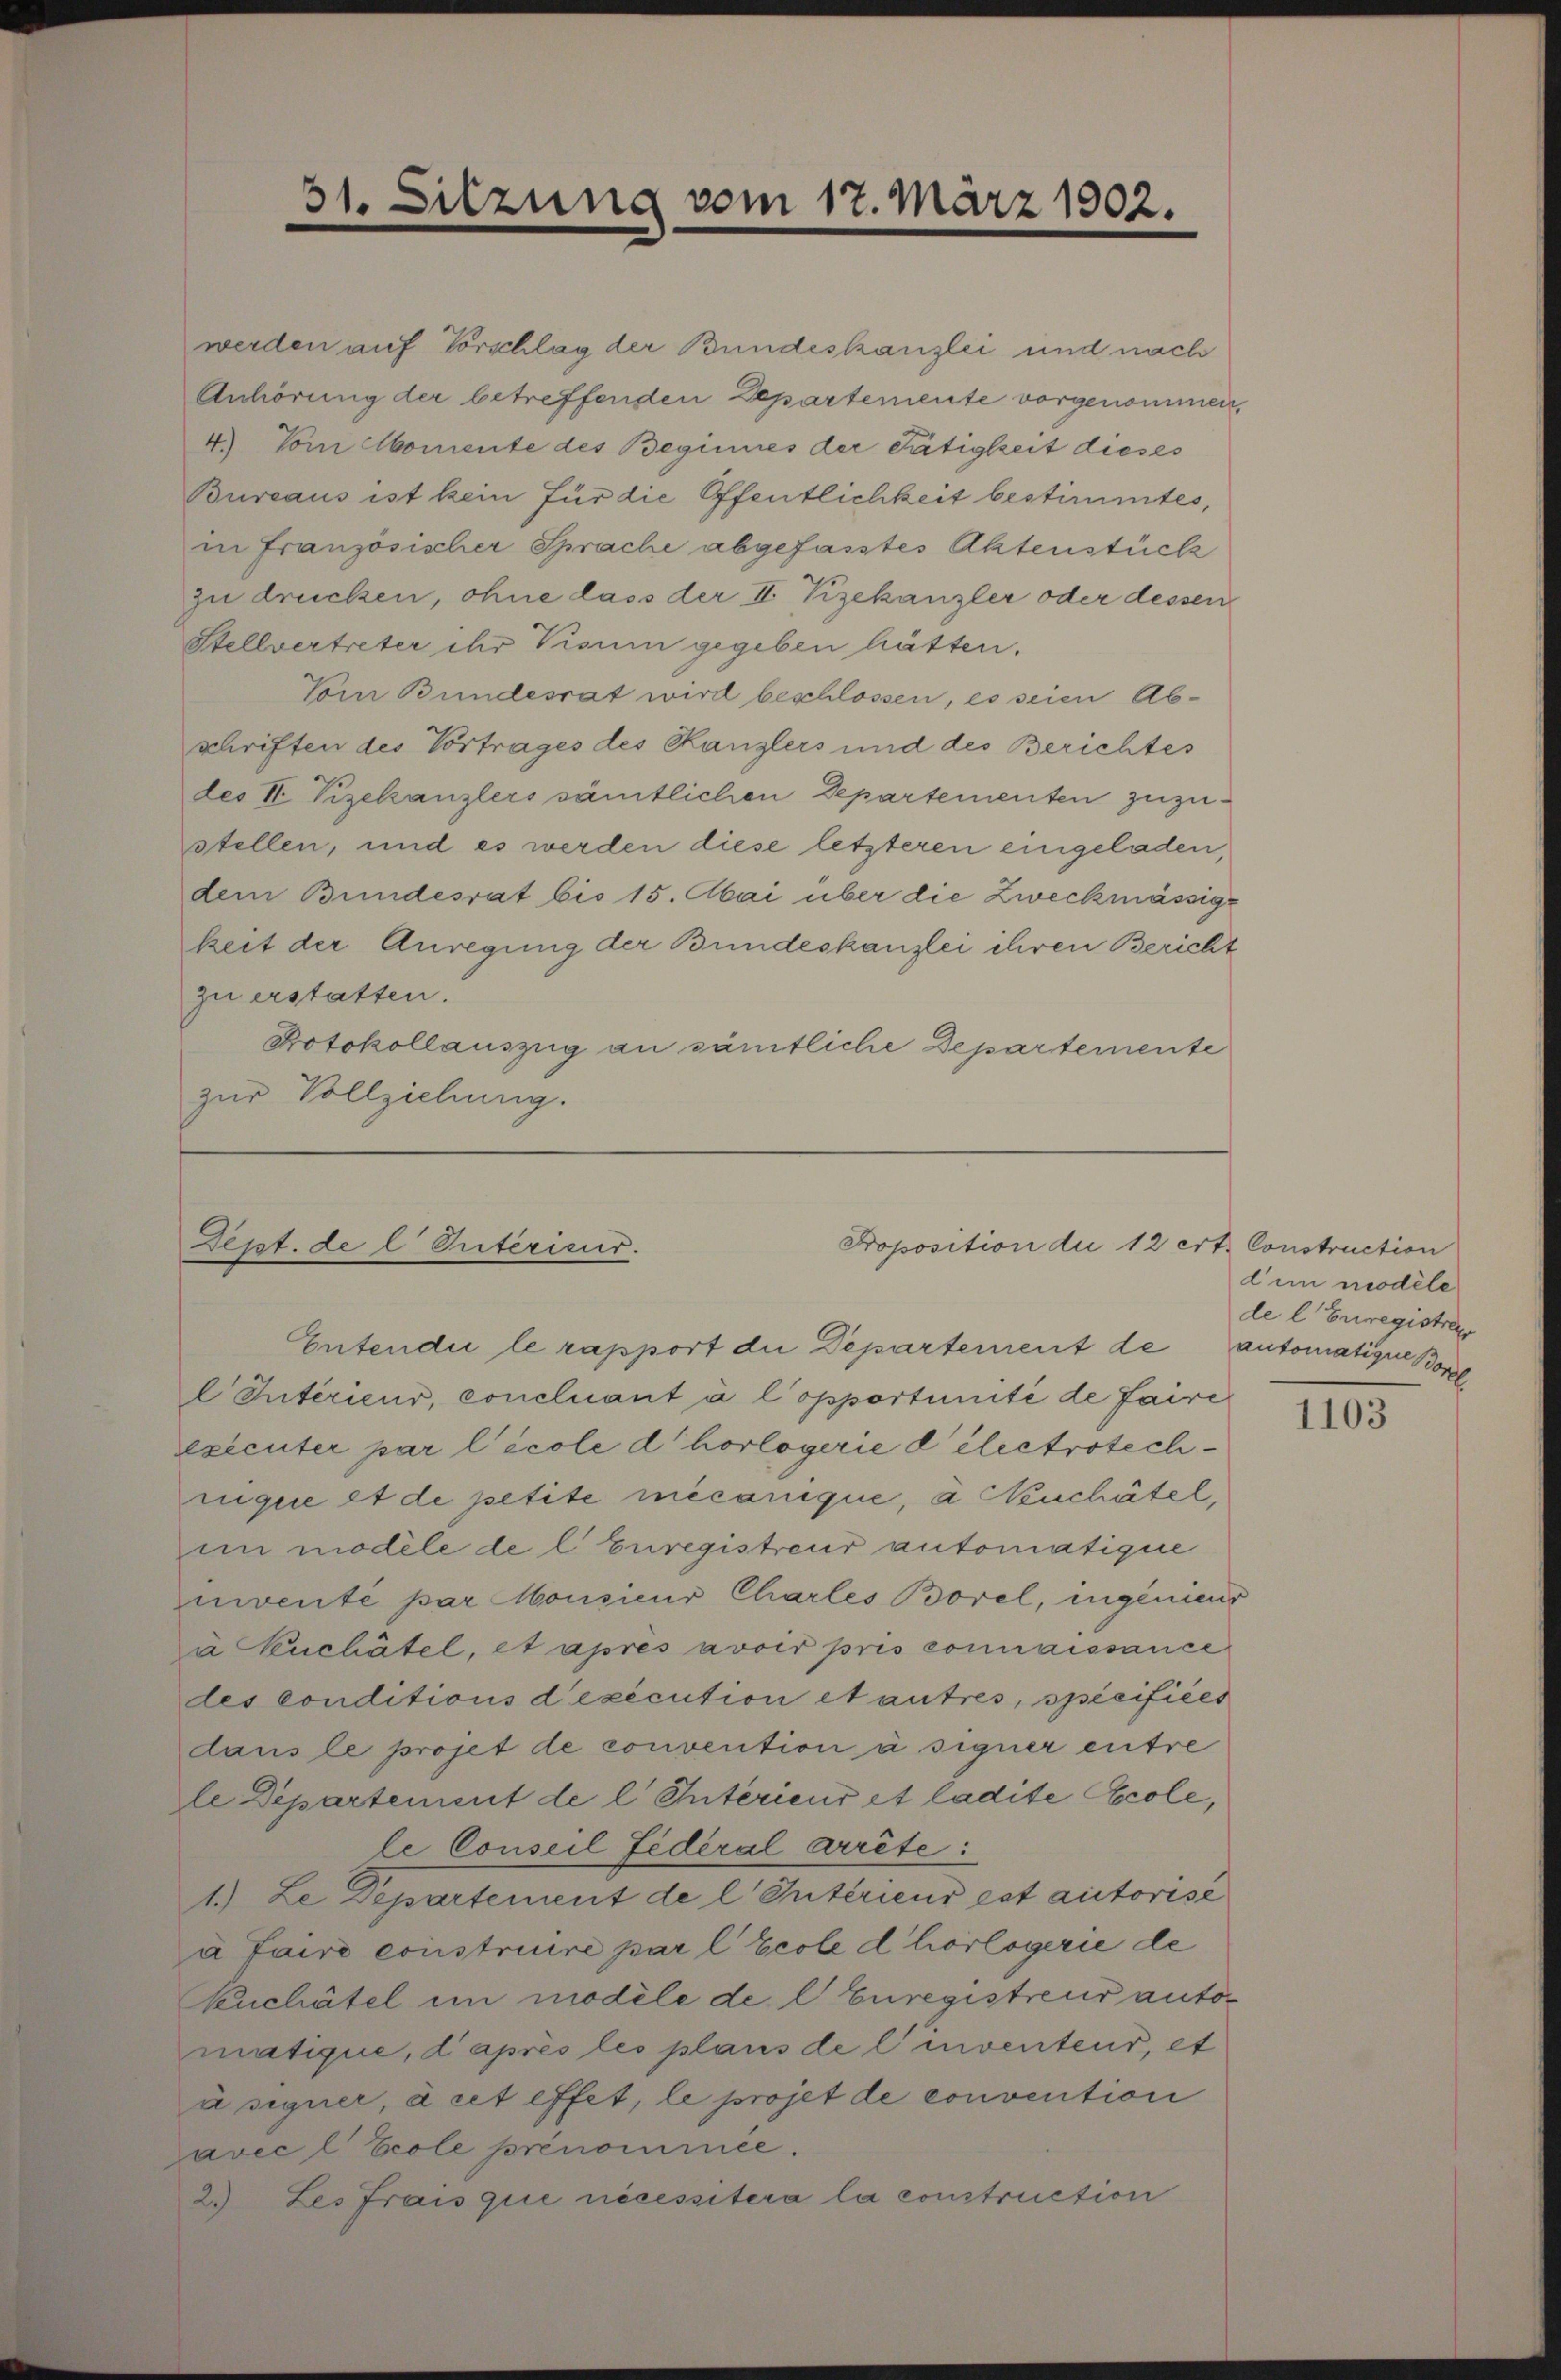
31. Sitzung vom 17. März 1902.

Proposition die 12 ert. Construction
Sept. de l. Entericis.
Entendii le rapport die Departement de automatique Bene

werden auf Vorschlag der Bundeskanzlei und nach
Anhörung der betreffenden Departemente vorgenommen,
4.) Vom Momente des Beginnes der Tätigkeit dieses
Bureaus ist kein für die Öffentlichkeit bestimmtes,
in Französischer Sprache abgefasstes Aktenstück
zu drücken, ohne dass der II. Vizekanzler oder dessen
Stellvertreter ihr Visum gegeben hätten.
Vom Bundesrat wird beschlossen, es seien Abschriften des Vortrages des Kanzlers und des Berichtes
des II. Vizekanzlers sämtlichen Departementen zuzustellen, und es werden diese letzteren eingeladen,
dem Bundesrat bis 15. Abai über die Zweckmässig-
kzeit der Anregung der Bundeskanzlei ihren Bericht
zu erstatten.
Protokollauszug an sämtliche Departemente
zur Vollziehung.

l Interieur, concluant à l’opportunité de faire
exécuter par l’école d horlogerie d électrotechnque et de petite mecanique, à Kuchätel,
im modele de l Euregistreur automatique
niventé par Monsieur Chartes Borel, ungeniend
a Euchätel, et après avoir pris connaissance
des conditions d’exécution et autres, specifiées
dans le projet de convention à signer entre
le Departement de l Interieur et ladite cole,
le Conseil fédéral arrête:
1.) Le Departement de l Intérieur est autorisé
à faire construire par l Ecole d horlogerie de
Kuchatel im modèle de l Euregistreur autor
matique, d’après les plaus de l’inventeur, et
u signer, à cet effet, le projet de convention
avec l Ecole prenommée.
2. Les frais que nécessitera la construction

dim modele
de l Euregistreue

1103